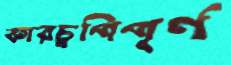
কারচুপিপূর্ণ